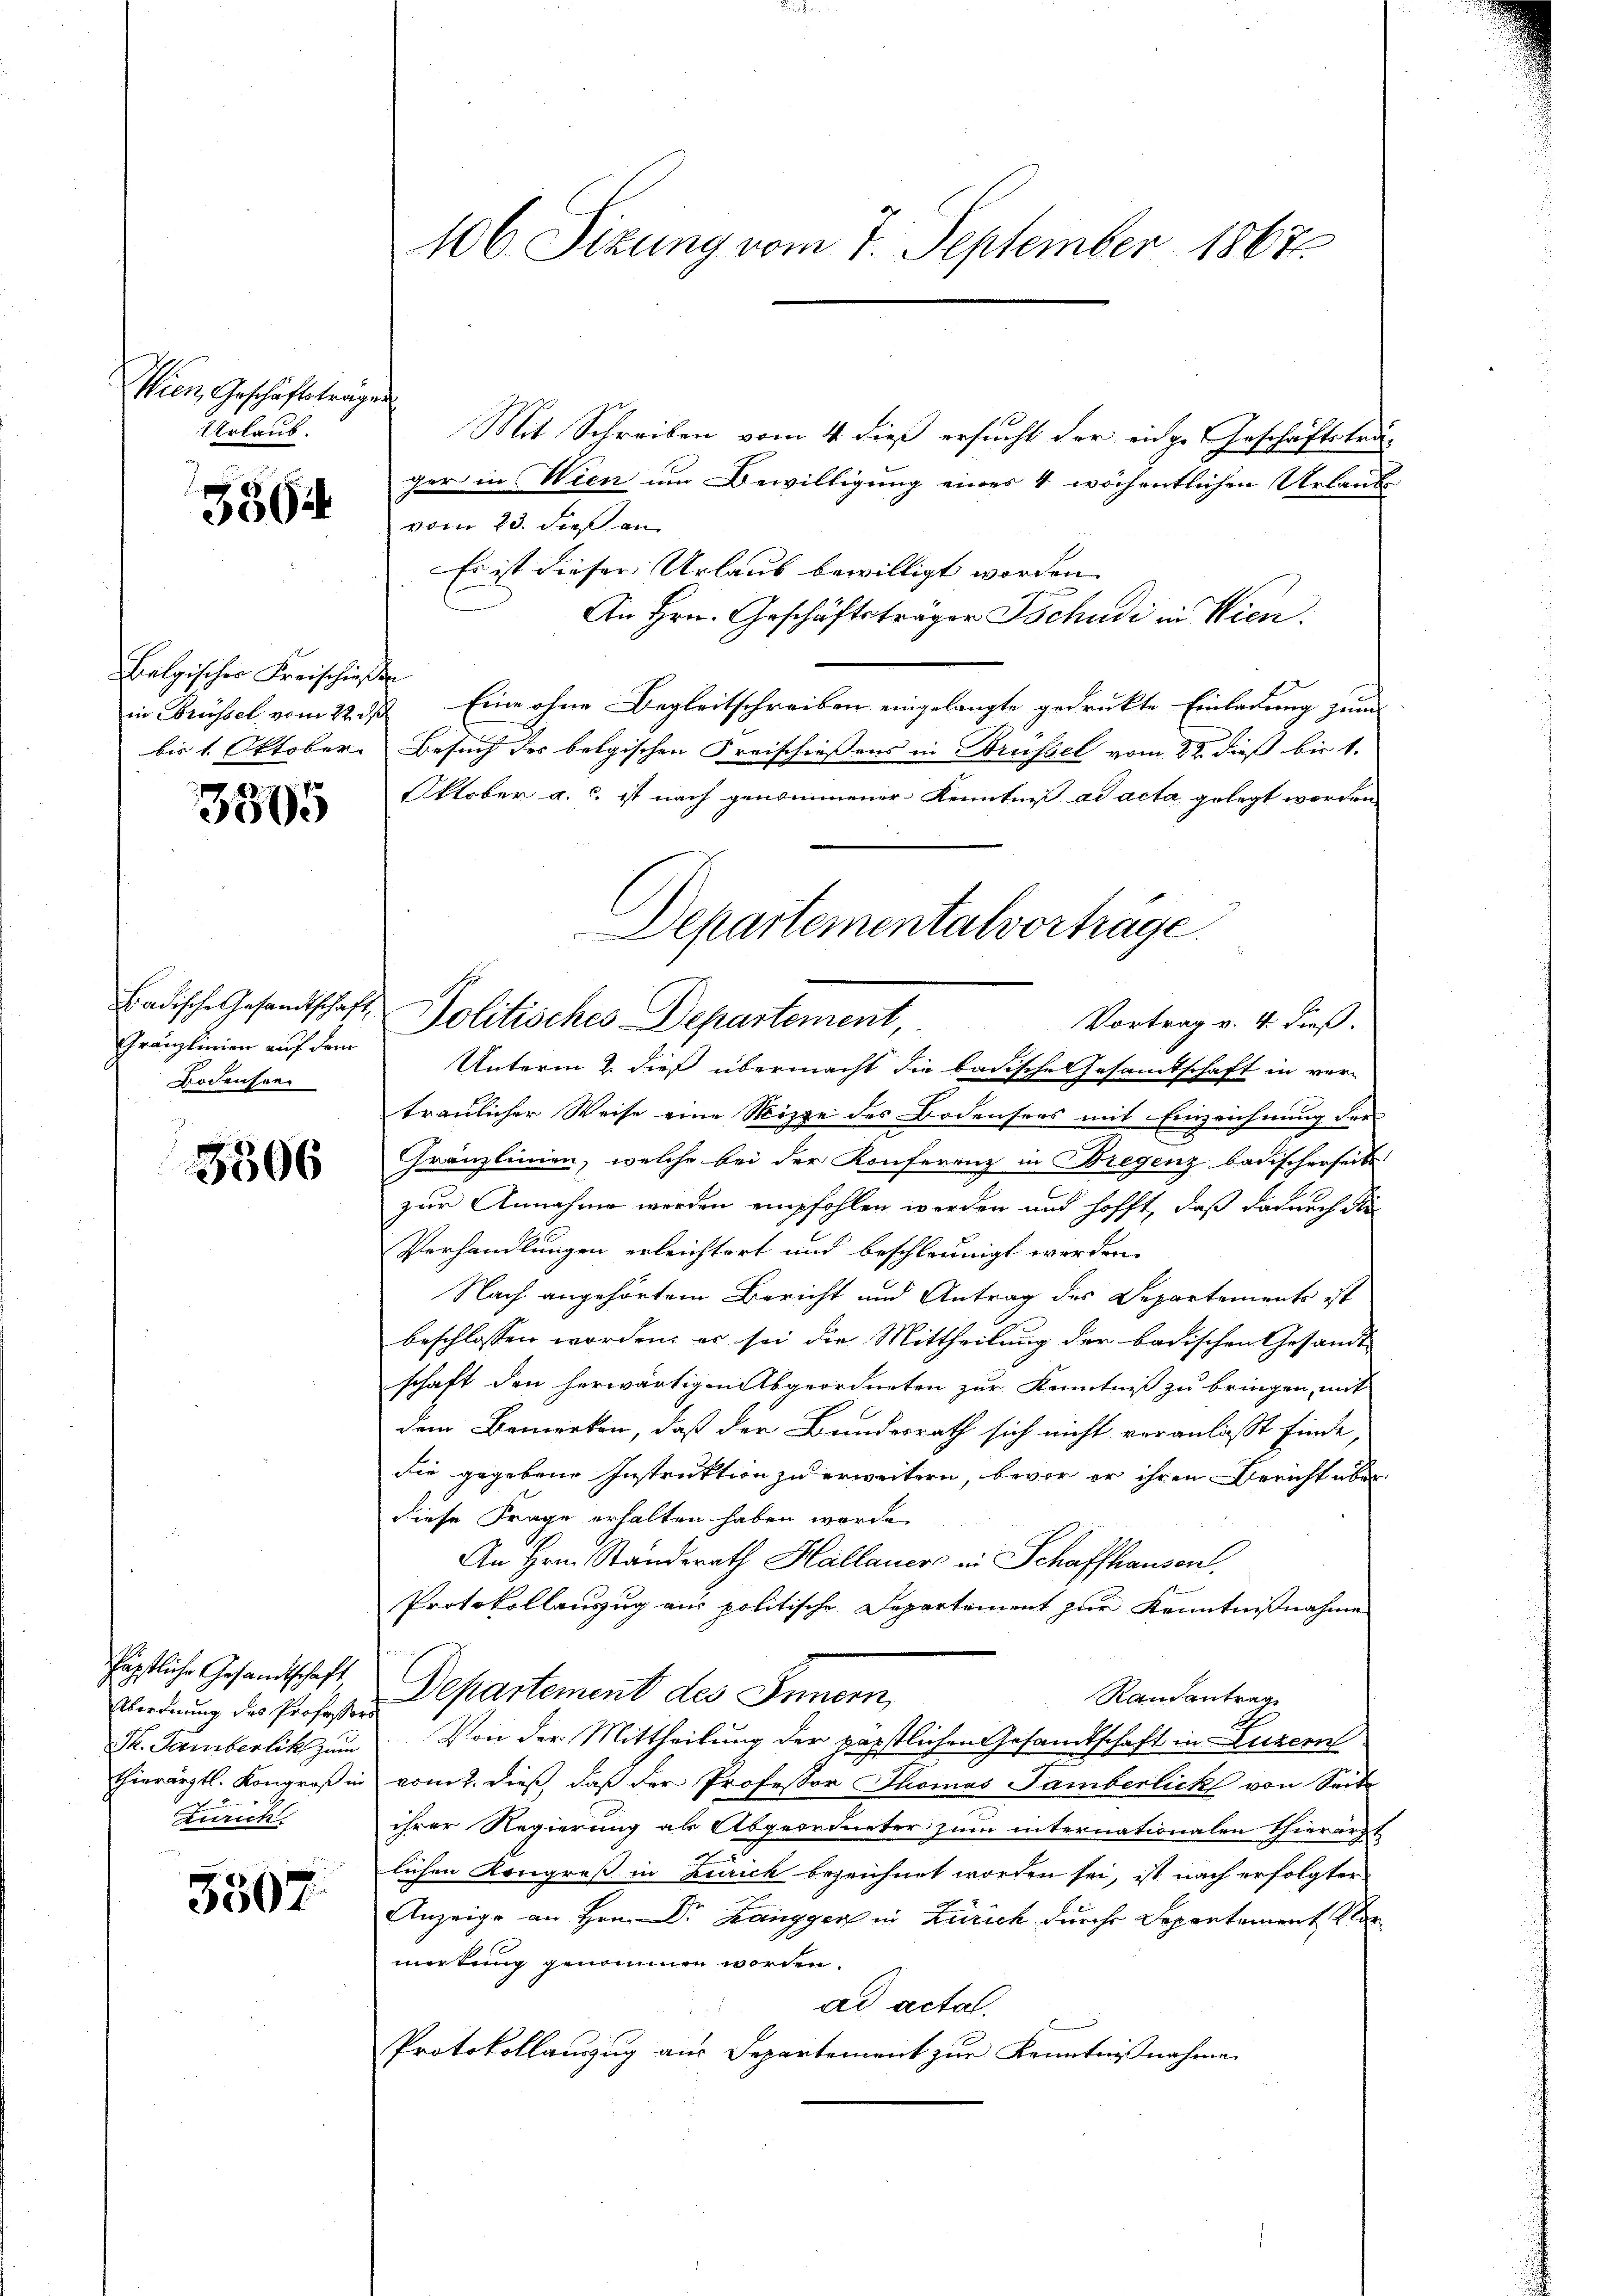
Wien, Geschäftstrage
Urlaub.

3564

Belgischer Freischießen
in Brüssel vom 22. ds.
bis 1. Oktober.

3505

Badische Gesandtschaft,
Gränzlinien auf dem
Bodensee

3506

päpstliche Gesandtschaft
Abordnung des Professor
St. Gamberlik zum
thierärztl. Kongroß in
Zürich.

5507

106. Sizung vom 7. September 1867.

f
Mit Schreiben vom 4. dieß ersucht der einge Geschäftsträger in Wien um Bewilligung eines 4 wöchentlichen Urlaubvom 23. dieß an
Es ist dieser Urlaub bewilligt worden.
An Hrn. Geschäftsträger Tschudi in Wien.
& Eine ohne Begleitschreiben eingelangte gedruckte Einladung zum
Besuch des belgischen Freischießens in Brüssel vom 22. dieß bis 1.
Oktober a. c. ist nach genommener Kenntniß ad acta gelegt worden.
Unterm 2. dieß übermacht die badische Gesamtschaft in ver-
traulicher Weise eine Mizze des Bodensees mit Einzeichnung der
Granzlinien, welche bei der Konferenz in Bregenz badischerseits
zur Annahme werden empfohlen werden und hofft, daß dadurch die
Verhandlungen erleichtert und beschleunigt werden.
Nach angehörtem Bericht und Antrag des Departements ist
beschlossen worden, er sei die Mittheilung der badischen Gesandt-
schaft den herwärtigen Abgeordneten zur Kenntniß zu bringen, mit
dem Bemerken, daß der Bundesrath sich nicht veranlaßt finde
die gegebene Instruktion zu erweitern, bevor er ihren Bericht über
diese Frage erhalten haben werde.
An Hrn. Standerath Hallauer in Schaffhausen.
Protokollanzug ain politische Departement zur Kenntnißnahme
Departement des Innern,
Randantrag
Von der Mittheilung der päpstlichen Gesandtschaft in Luzer
vom 2. dieß, daß der Professor Thomas Tamberlich von Seite
ihrer Regierung als Abgeordneter zum internationalen Thierarzt
lichen Kongreß in Zürich bezeichnet worden sei, ist nach erfolgter
Anzeige an Hrn. Dr. Zanggers in Zürich durch Departement Ver
merkung genommen worden.
ad actal.
Protokollauzug aus Separtement zur Kenntnißnahme

Departementalvorträge
Politisches Departement,
Vortrag v. 4. dieß.